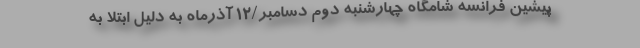
پیشین فرانسه شامگاه چهارشنبه دوم دسامبر/۱۲ آذرماه به دلیل ابتلا به